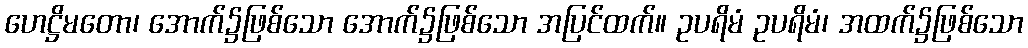
ဟေဋ္ဌိမတော၊ အောက်၌ဖြစ်သော အောက်၌ဖြစ်သော အပြင်ထက်။ ဥပရိမံ ဥပရိမံ၊ အထက်၌ဖြစ်သော